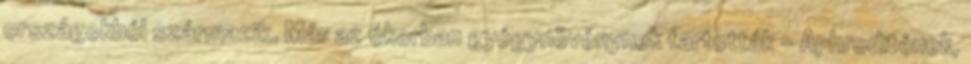
országokból származik. Már az ókorban gyógynövénynek tartották - Aphroditének,